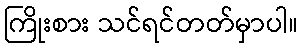
ကြိုးစား သင်ရင်တတ်မှာပါ။